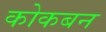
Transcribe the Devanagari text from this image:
कोकबन